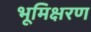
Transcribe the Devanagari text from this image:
भूमिक्षरण